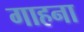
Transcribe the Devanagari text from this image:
गाहना